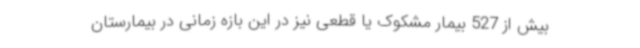
بیش از 527 بیمار مشکوک یا قطعی نیز در این بازه زمانی در بیمارستان